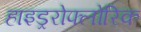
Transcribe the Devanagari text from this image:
हाइड्ररोफ्लोरिक